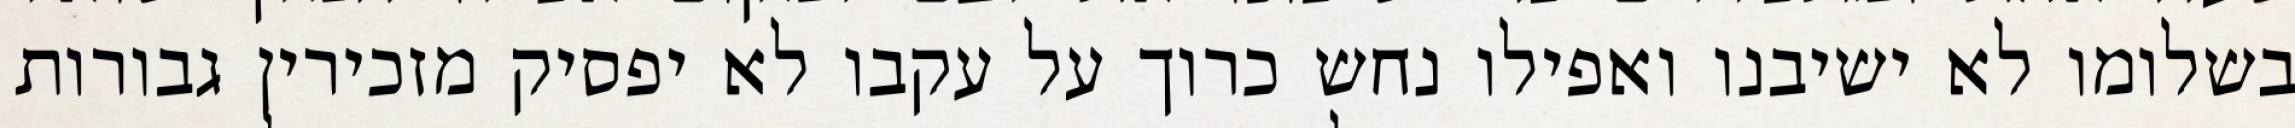
בשלומו לא ישיבנו ואפילו נחש כרוך על עקבו לא יפסיק מזכירין גבורות